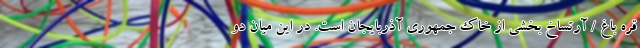
قره باغ / آرتساخ بخشی از خاک جمهوری آذربایجان است. در این میان دو